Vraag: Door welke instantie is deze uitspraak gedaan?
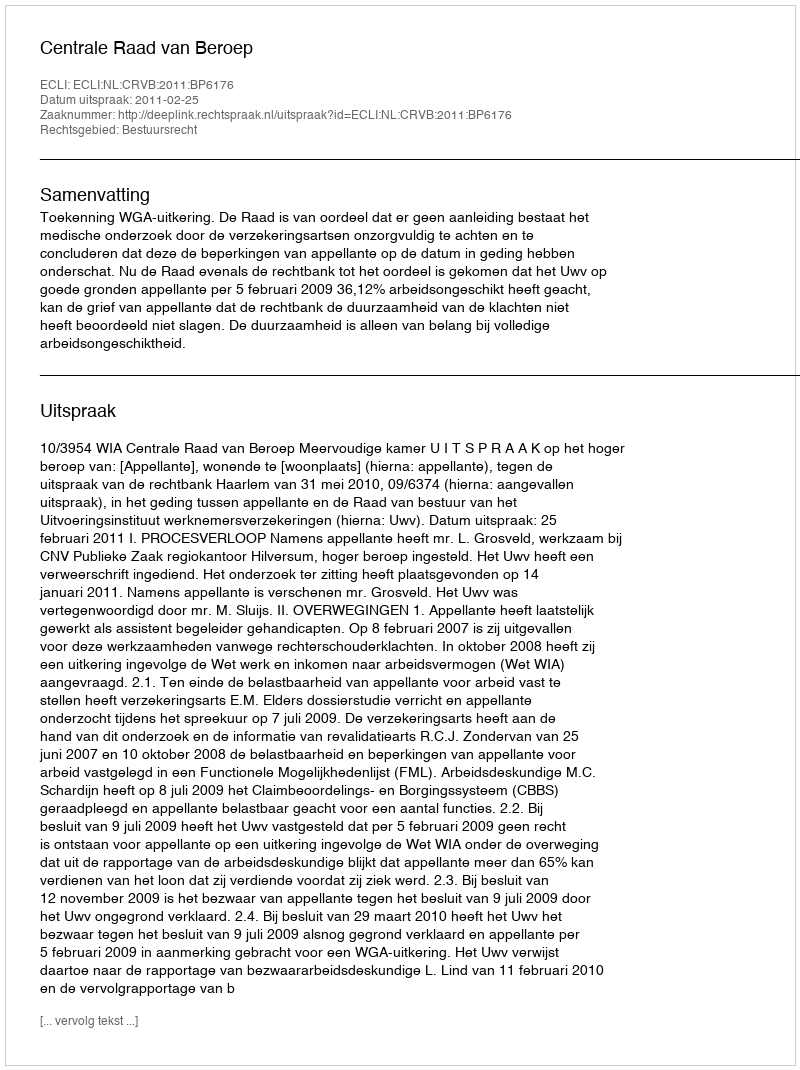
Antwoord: Centrale Raad van Beroep